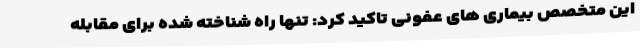
این متخصص بیماری های عفونی تاکید کرد: تنها راه شناخته شده برای مقابله